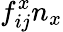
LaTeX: f_{ij}^{x}n_{x}